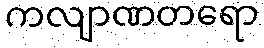
ကလျာဏတရော